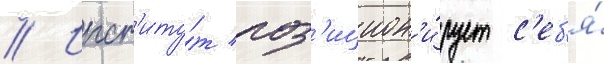
// Инст'иту́т поз'ицион'и́рует с'еб'я́